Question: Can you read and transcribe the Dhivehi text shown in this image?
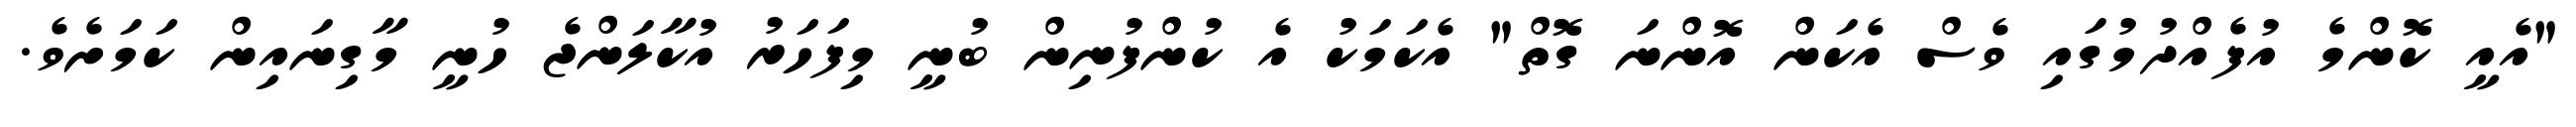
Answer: "އެއީ ކޮންމެ އުފެއްދުމުގައި ވެސް އެކަން އޮންނަ ގޮތް" އެކަމަކު އެ ކުންފުނިން ބުނީ މިފަހަރު އުކާލަންޖެ ހުނީ މާގިނައިން ކަމަށެވެ.